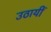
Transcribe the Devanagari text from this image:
उठायीं